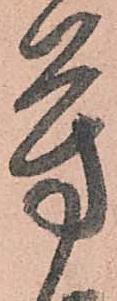
芳